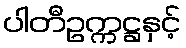
ပါတီဥက္ကဋ္ဌနှင့်